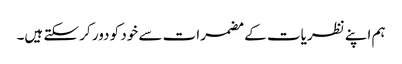
ہم اپنے نظریات کے مضمرات سے خود کو دور کر سکتے ہیں۔